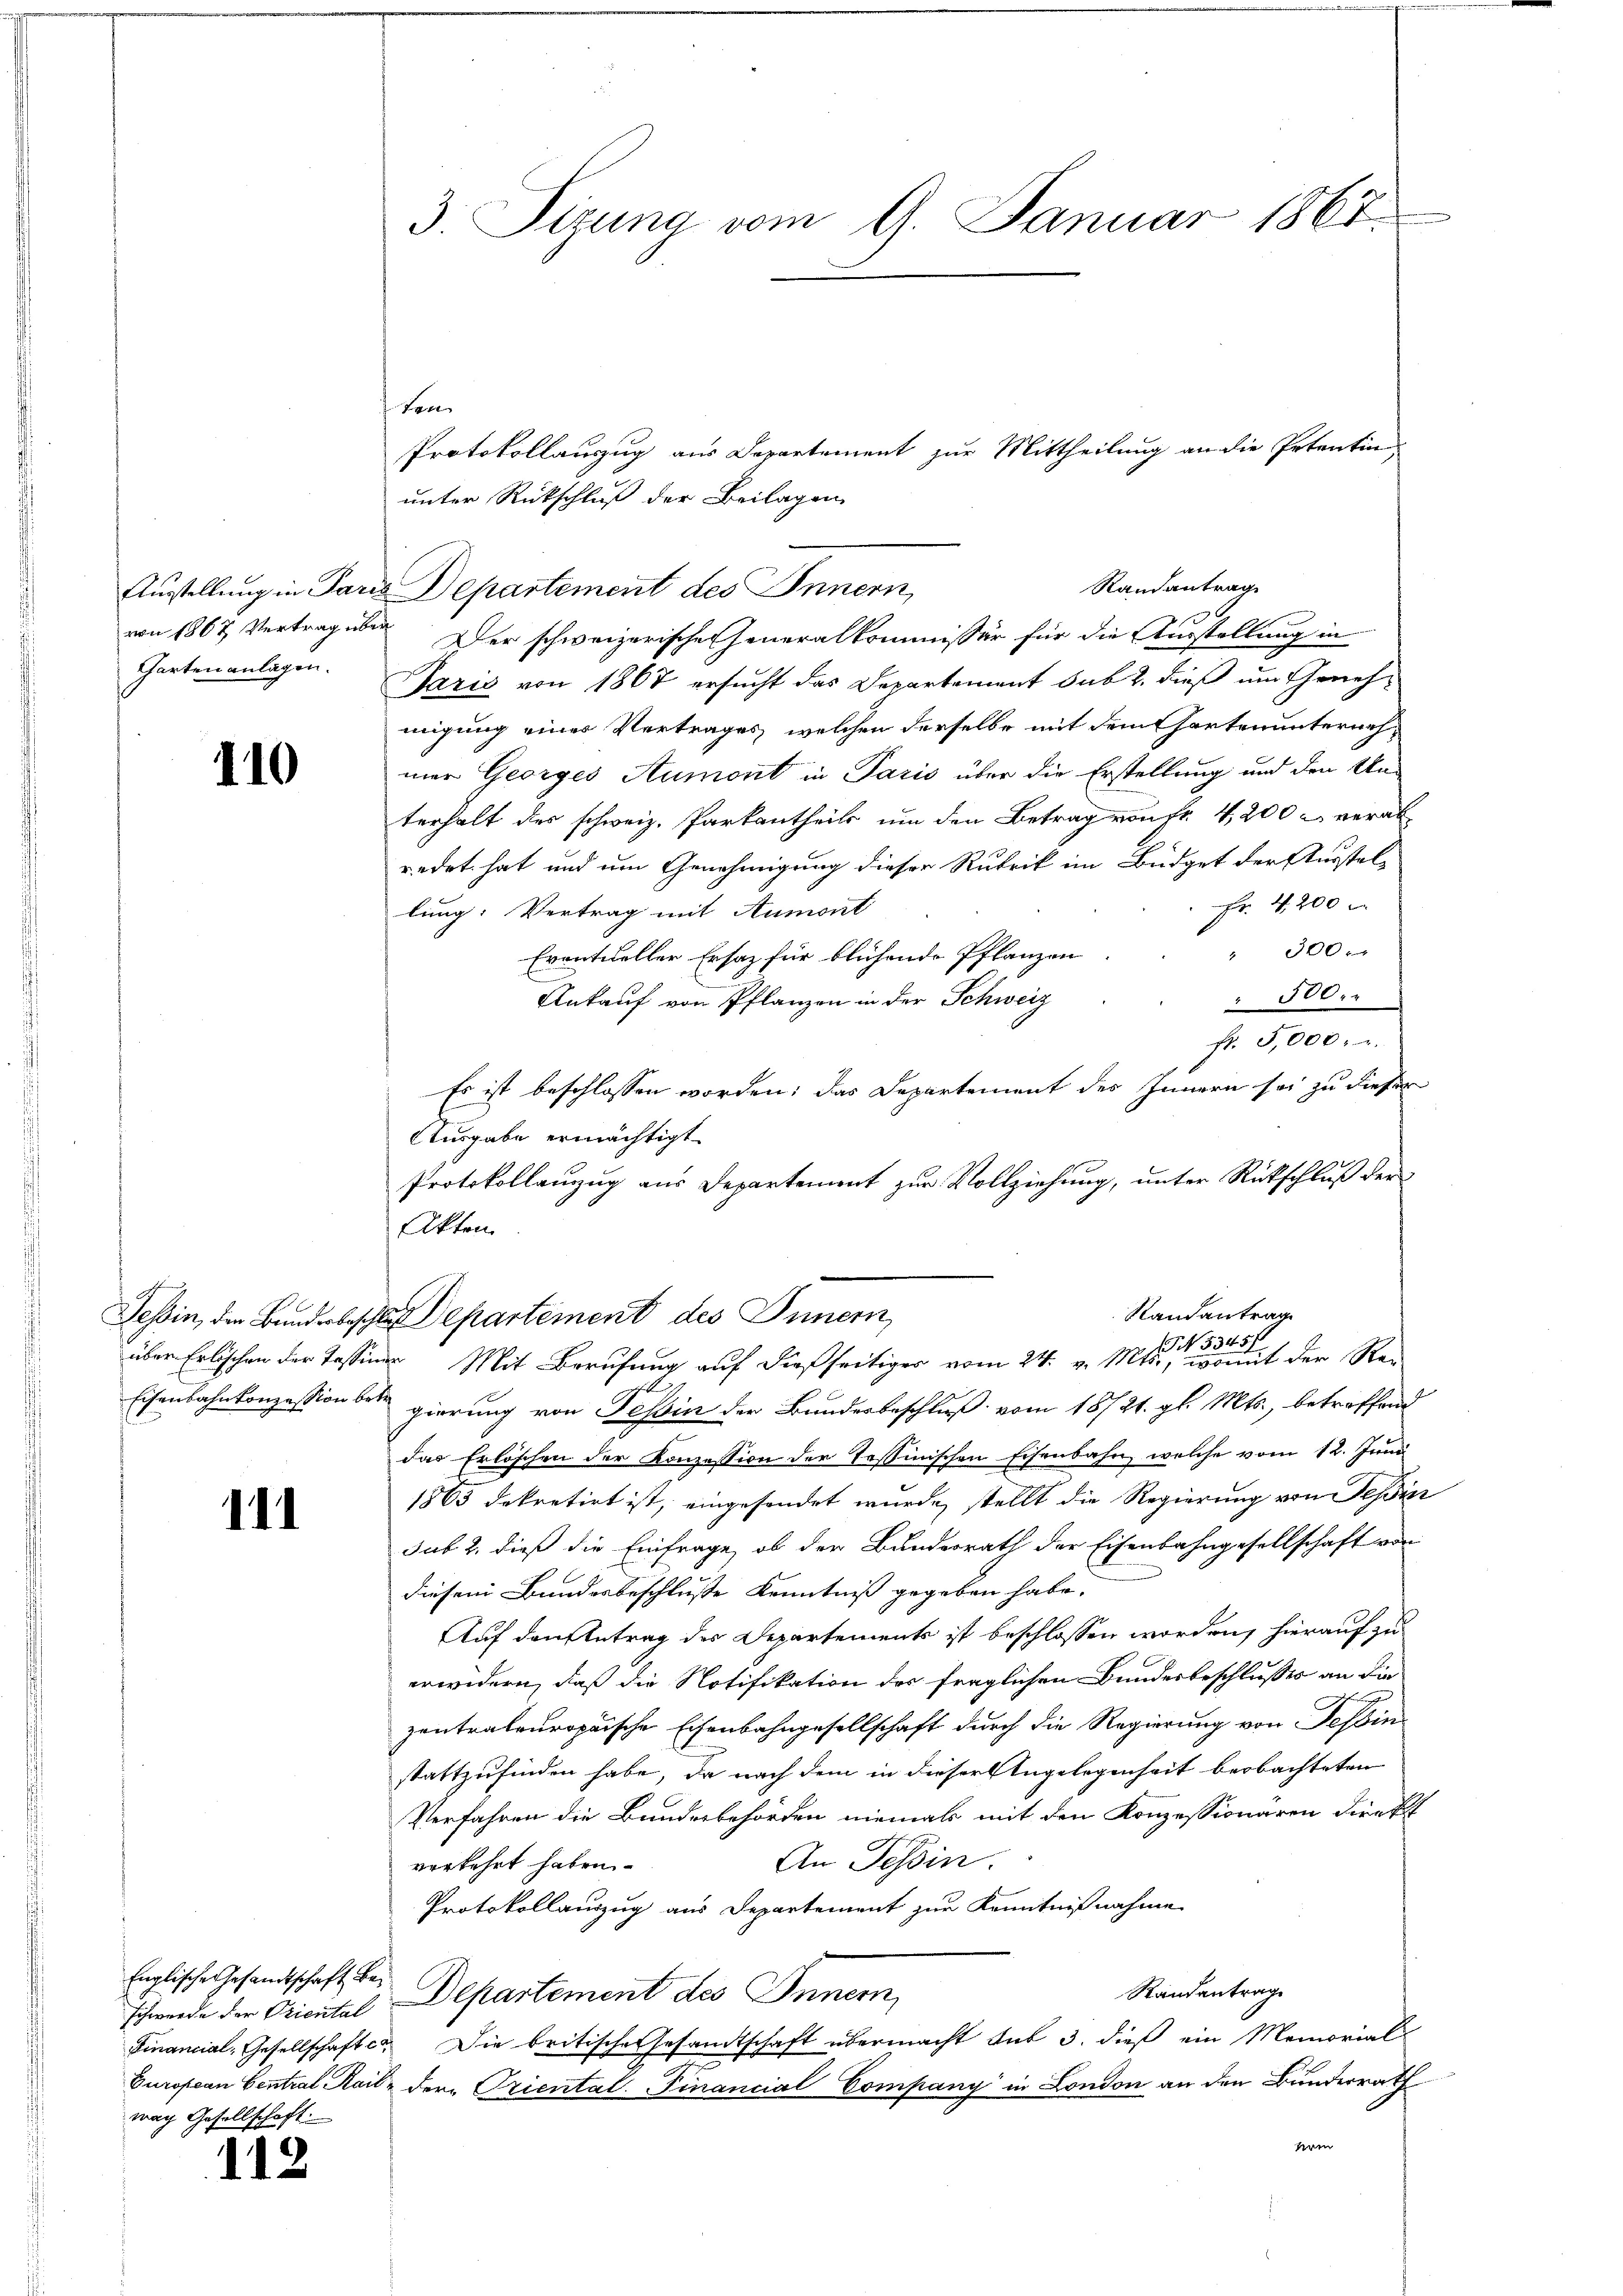
Charten anlagen.

110

Faden
Protokollauszug aus Departement zur Mittheilung an die Petentin,
unter Rückschluß der Beilagen
Randantrag
von 1867 Vertrag über Der schweizerische Generalkommissär für die Ausstellung in
Paris von 1867 ersucht das Departement sub 2. dieß um Genehmigung einer Vertrages, welchen derselbe mit dem Gartenunternehmer Georges Aumont in Paris über die Erstellung und den Unterhalt der schweiz. Parkantheils um den Betrag von Fr. 4,200 & verabredet hat und um Genehmigung dieser Rubrik im Büdget der Ausstel-
Fr. 4. 200
lung: Vertrag mit Aumont
" 300 x
Eventueller Ersatz für blühende Pflanzen
" 300.
Ankauf von Pflanzen in der Schweiz
fr. 5,000. u.
Es ist beschlossen worden; das Departement des Innern sei zu dieser
Ausgabe ermächtigt.
Protokollanzug aus Departement zur Vollziehung, unter Rückschluß der
Akten.
Randantrag
Tessin, den Bundesbeschluss Departement des Innern
über Erlischen der Tessiner Mit Berufung auf dießseitiger vom 24. v. Mts. eine et der Rei
Eisenbahnkonzession betr. gierung von Tessin der Bundesbeschluß vom 18721. gl. Mts., betroffend
das Erlöschen der Konzession der Tessinischen Eisenbahn, welche vom 12. Juni
1865 dekretirt ist, eingesendet wurde, stellt die Regierung von Teßin
sub 2. dieß die Einfrage, ob der Bundesrath der Eisenbahngesellschaft von
diesem Bundesbeschlusse Kenntniß gegeben habe.
Auf den Antrag des Departements ist beschlossen worden, hierauf zu
erwidern, daß die Notifikation der fraglichen Bunderbeschlusses an die
zentrateuropaische Eisenbahngesellschaft durch die Regierung von Tessin
stattzufinden habe, da nach dem in dieser Angelegenheit beobachteten
Verfahren die Bundesbehörden niemals mit den Konzessionären direkt
An Tessin.
verkehrt haben.
Protokollauszug aus Departement zur Kenntnißnahme
Randantrage
schwerde der Oriental Departement des Innern,
Financial-Gesellschaft c. Die britische Gesandtschaft übermacht sub 3. dieß ein Memorial
European Central Rail, der Priental. Financial Company in London an den Bunderrath
kein

111

Englische Gesandtschaft bei
wach Gesellschaft.

112

3. Sizung vom 9. Januar 1867.

Austellung in Paris Departement des Innern,